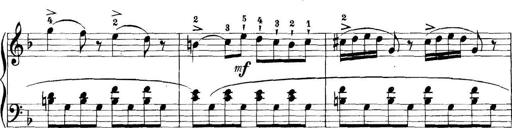
Title: 11 Sonatinas
Composer: Anton Diabelli